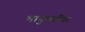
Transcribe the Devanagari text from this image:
भानुमतींना